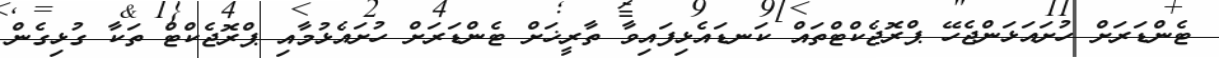
ޓެންޑަރަށް ހުށައަޅަންޖެހޭ ޕްރޮޖެކްޓްތައް ކަނޑައެޅިފައިވާ ތާރީޚަށް ޓެންޑަރަށް ހުށައެޅުމާއި ޕްރޮޖެކްޓް ތަކާ ގުޅިގެން